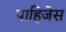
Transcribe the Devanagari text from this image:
पाहिजेस